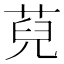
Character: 萖